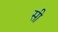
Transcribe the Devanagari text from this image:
सी